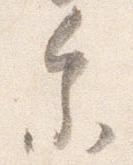
参